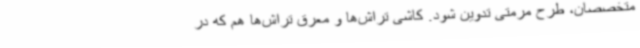
متخصصان، طرح مرمتی تدوین شود. کاشی تراش‌ها و معرق تراش‌ها هم که در